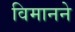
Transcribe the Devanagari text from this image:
विमानने